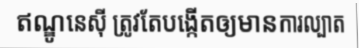
ឥណ្ឌូនេស៊ី ត្រូវតែបង្កើតឲ្យមានការល្បាត